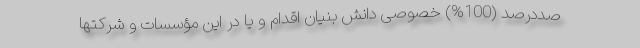
صددرصد (100%) خصوصی دانش بنیان اقدام و یا در این مؤسسات و شرکتها